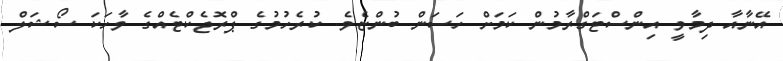
އޭނާއާ ދިމާވީ އިންސްޓަގްރާމުން ކަމަށް ހަސަން ބުންޏެވެ. ކުރެހުމުގެ ޕްރޮޖެކްޓެއްގެ ވާހަކަ ސޯޝަލް